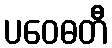
ပဝေဓတီ